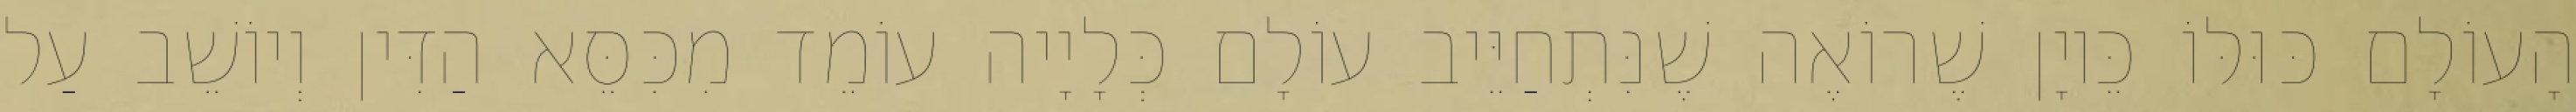
הָעוֹלָם כּוּלּוֹ כֵּיוָן שֶׁרוֹאֶה שֶׁנִּתְחַיֵּיב עוֹלָם כְּלָיָיה עוֹמֵד מִכִּסֵּא הַדִּין וְיוֹשֵׁב עַל